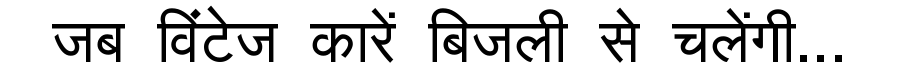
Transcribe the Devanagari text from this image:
जब विंटेज कारें बिजली से चलेंगी...